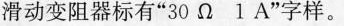
滑动变阻器标有”30Ω1A”字样。